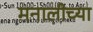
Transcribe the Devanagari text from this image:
मनालीच्या